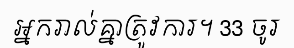
អ្នករាល់គ្នាត្រូវការ។ 33 ចូរ